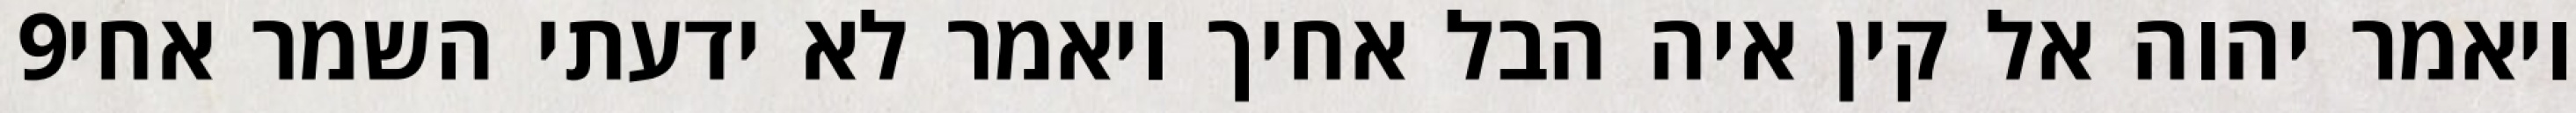
‎9‏ ויאמר יהוה אל קין איה הבל אחיך ויאמר לא ידעתי השמר אחי